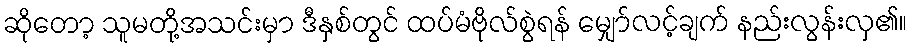
ဆိုတော့ သူမတို့အသင်းမှာ ဒီနှစ်တွင် ထပ်မံဗိုလ်စွဲရန် မျှော်လင့်ချက် နည်းလွန်းလှ၏။